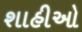
શાહીઓ